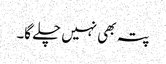
پتہ بھی نہیں چلے گا۔